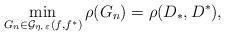
LaTeX: \begin{align*}\min_{G_n \in \mathcal{G}_{\eta,\,\varepsilon}(f, f^\ast)} \rho(G_n) = \rho(D_\ast,D^\ast),\end{align*}